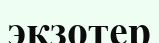
экзотер